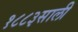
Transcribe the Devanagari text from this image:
१८८३साली